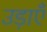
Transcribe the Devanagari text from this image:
उड़ाएँ